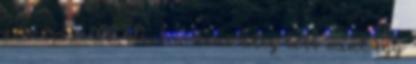
nem beszélek, mert a deus alig több mint egy